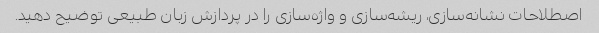
اصطلاحات نشانه‌سازی، ریشه‌سازی و واژه‌سازی را در پردازش زبان طبیعی توضیح دهید.